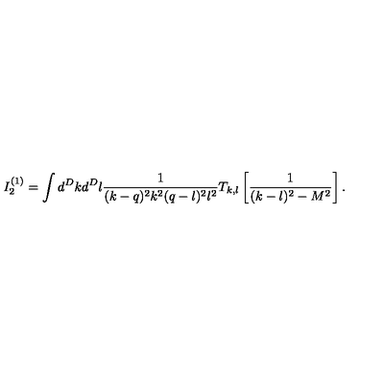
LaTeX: I _ { 2 } ^ { ( 1 ) } = \int d ^ { D } k d ^ { D } l \frac { 1 } { ( k - q ) ^ { 2 } k ^ { 2 } ( q - l ) ^ { 2 } l ^ { 2 } } T _ { k , l } \left[ \frac { 1 } { ( k - l ) ^ { 2 } - M ^ { 2 } } \right] .